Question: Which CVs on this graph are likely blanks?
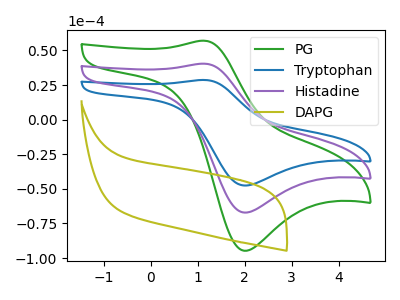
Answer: <think>The green curve "PG" has an anodic peak at (1.15V, 56.95uA) and a cathodic peak at (2.00V, -94.75uA). The blue curve "Tryptophan" has an anodic peak at (1.15V, 80.75uA) and a cathodic peak at (2.00V, -134.35uA). The purple curve "Histadine" has an anodic peak at (1.15V, 40.40uA) and a cathodic peak at (2.00V, -67.15uA). The olive curve "DAPG" has no peaks.</think>
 <answer>"DAPG" is likely to be a blank.</answer>
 <eval>DAPG</eval>